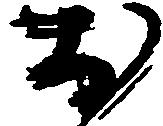
お